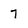
Character: 7